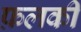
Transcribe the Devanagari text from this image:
फ़लकी